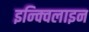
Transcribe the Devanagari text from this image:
इन्क्विलाइन